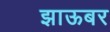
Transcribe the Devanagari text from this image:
झाऊबर